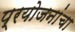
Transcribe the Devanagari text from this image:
प्रयोजनांचा